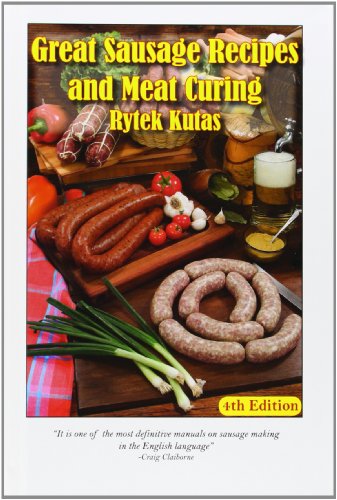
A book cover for Great Sausage Recipes and Meat Curing; Rytek Kutas; Cookbooks, Food & Wine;